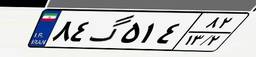
۸۴گ۵۱۴۸۲